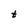
Character: t